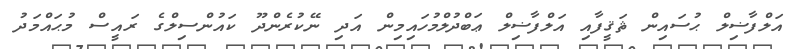
އަލްފާޟިލް ޙުސައިން ޘަޤީފާއި އަލްފާޟިލް ޢަބްދުލްމުހައިމިން އަދި ނޭކުރެންދޫ ކައުންސިލްގެ ރައީސް މުޙައްމަދު